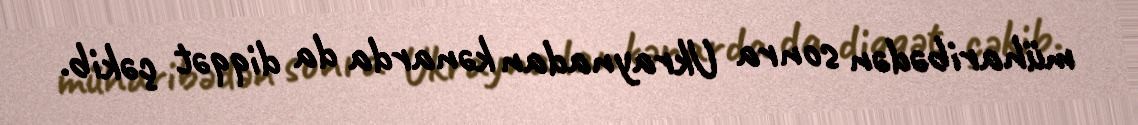
müharibədən sonra Ukraynadan kənarda da diqqət çəkib.